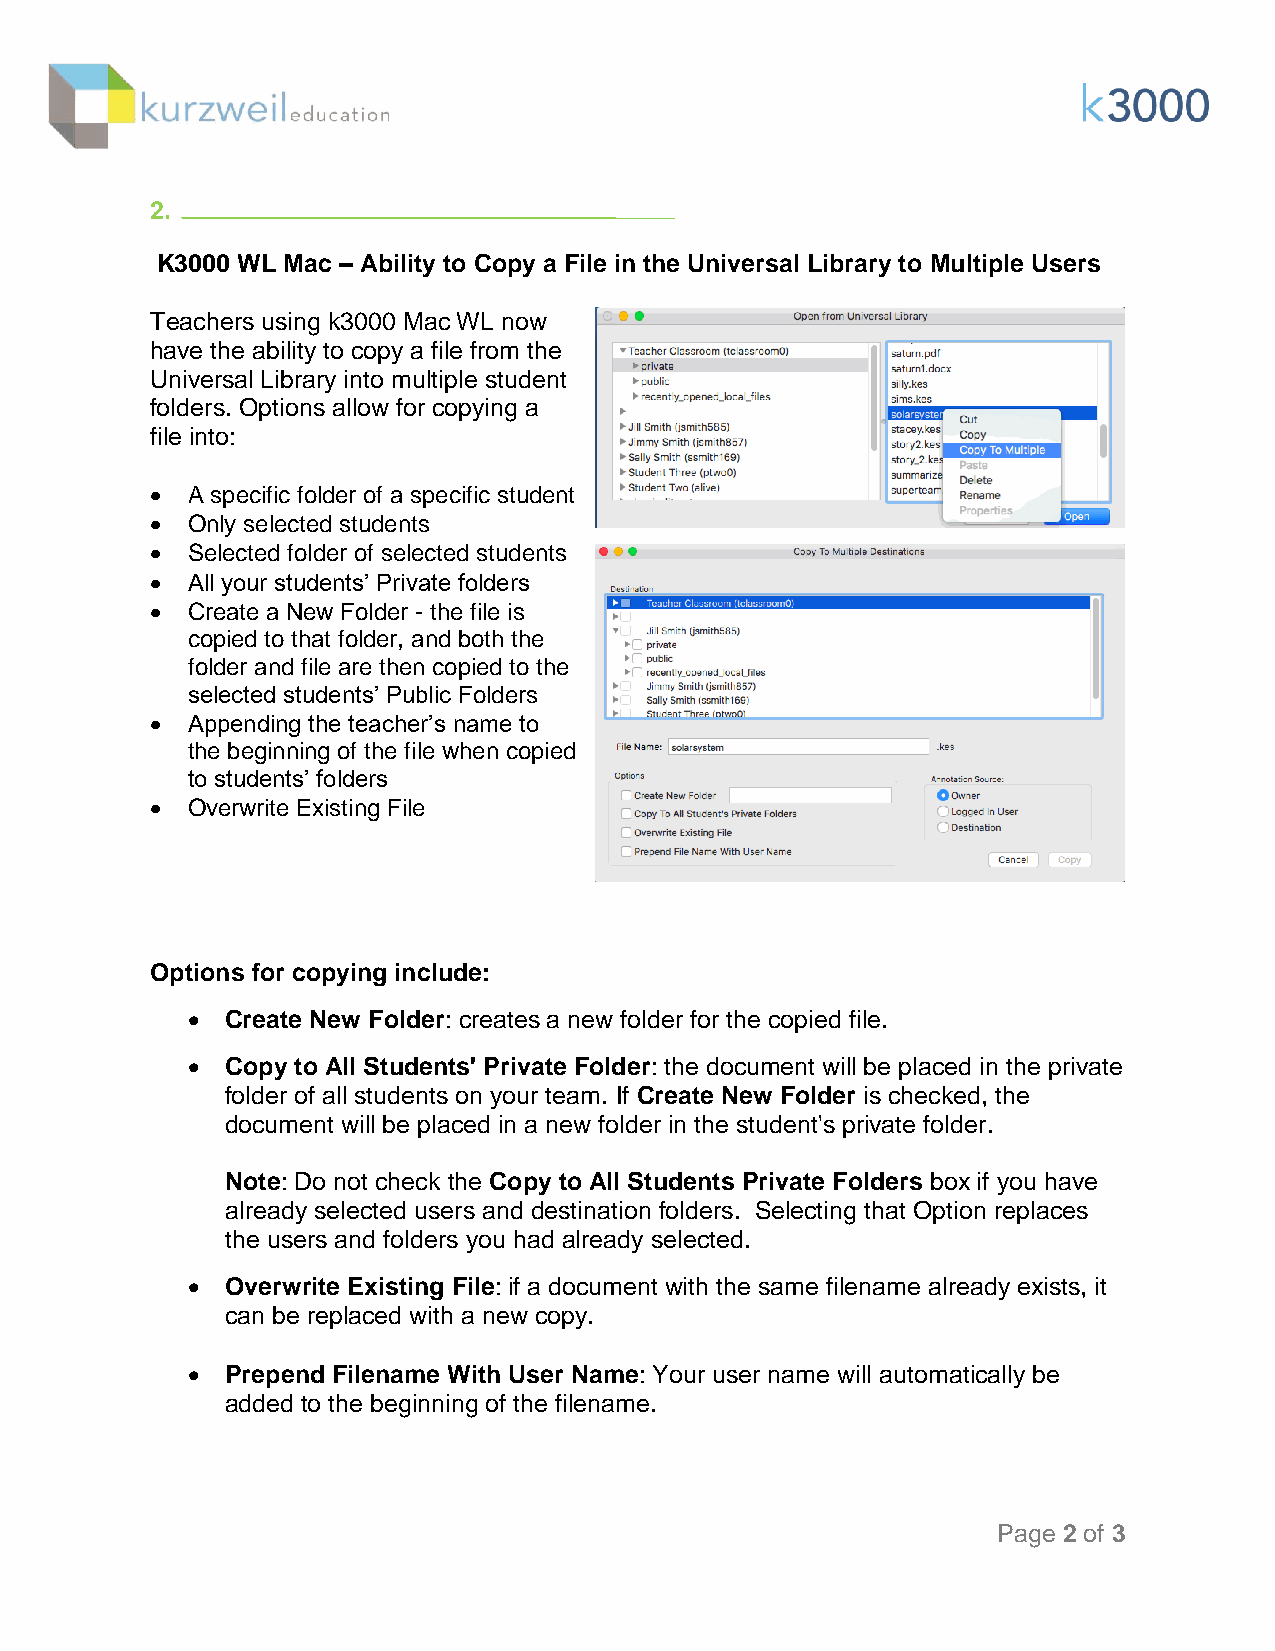
2.
 K3000 WL Mac – Ability to Copy a File in the Universal Library to Multiple Users
 Teachers using k3000 Mac WL now
 have the ability to copy a file from the
 Universal Library into multiple student
 folders. Options allow for copying a
 file into:
  A specific folder of a specific student
  Only selected students
  Selected folder of selected students
  All your students’ Private folders
  Create a New Folder - the file is
 copied to that folder, and both the
 folder and file are then copied to the
 selected students’ Public Folders
  Appending the teacher’s name to
 the beginning of the file when copied
 to students’ folders
  Overwrite Existing File
 Options for copying include:
   Create New Folder: creates a new folder for the copied file.
   Copy to All Students' Private Folder: the document will be placed in the private
 folder of all students on your team. If Create New Folder is checked, the
 document will be placed in a new folder in the student's private folder.
 Note: Do not check the Copy to All Students Private Folders box if you have
 already selected users and destination folders. Selecting that Option replaces
 the users and folders you had already selected.
   Overwrite Existing File: if a document with the same filename already exists, it
 can be replaced with a new copy.
   Prepend Filename With User Name: Your user name will automatically be
 added to the beginning of the filename.
 Page 2 of 3